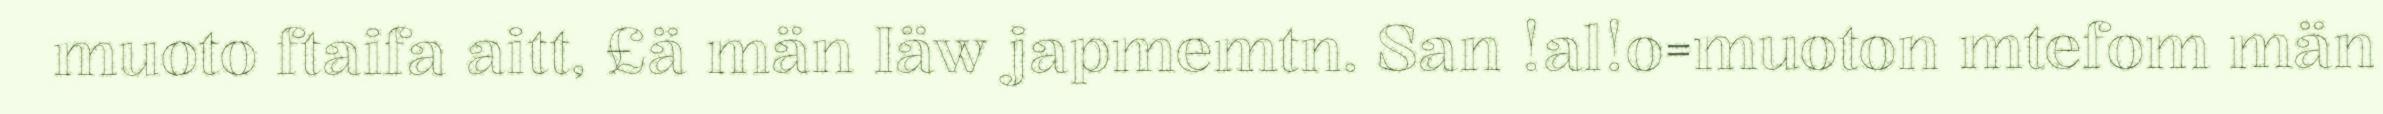
muoto ftaifa aitt, £ä män Iäw japmemtn. San !al!o=muoton mtefom män